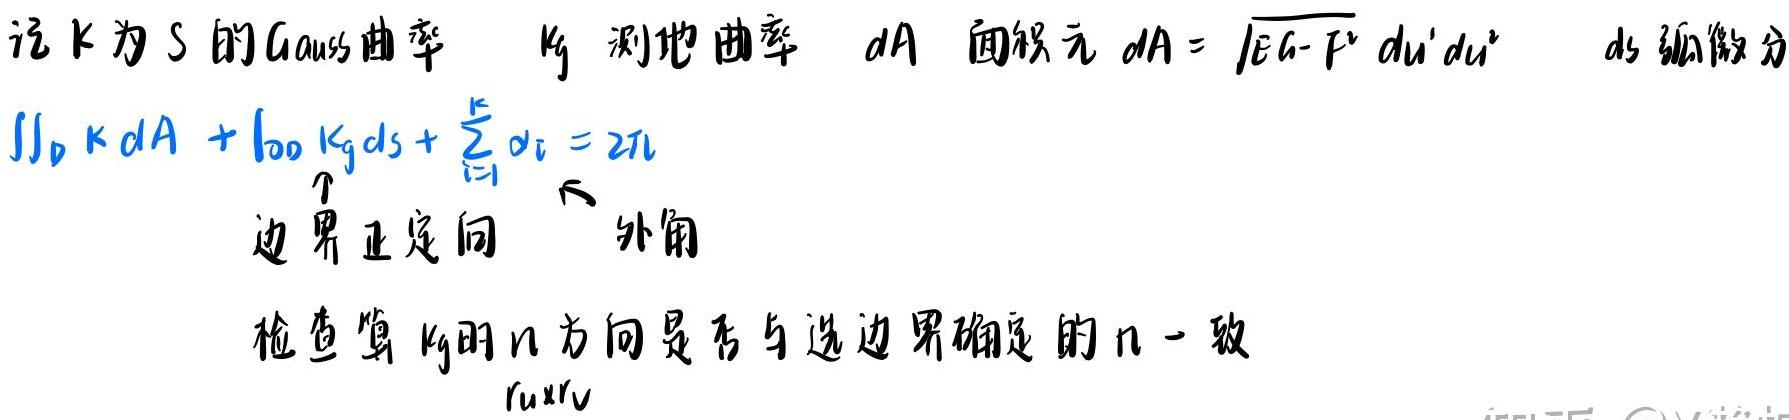
记 $K$ 为 $S$ 的 Gauss 曲率，$k_g$ 测地曲率，$dA$ 面积元 $dA = \sqrt{EG - F^2} du^1 du^2$，$ds$ 弧微分
\[
\iint_D K dA + \int_{\partial D} k_g ds + \sum_{i = 1}^{k} \alpha_i = 2\pi
\]
边界正定向 外角
检查算 $k_g$ 时 $n$ 方向是否与选边界确定的 $n$ 一致
$r_u \times r_v$